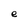
Character: e